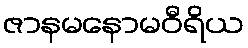
ဇာနမနောမဝီရိယ